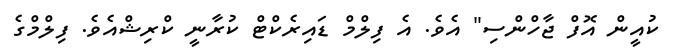
ކުއީން އޮފް ޖާހްންސި" އެވެ. އެ ފިލްމް ޑައިރެކްޓް ކުރާނީ ކްރިޝްއެވެ. ފިލްމްގެ